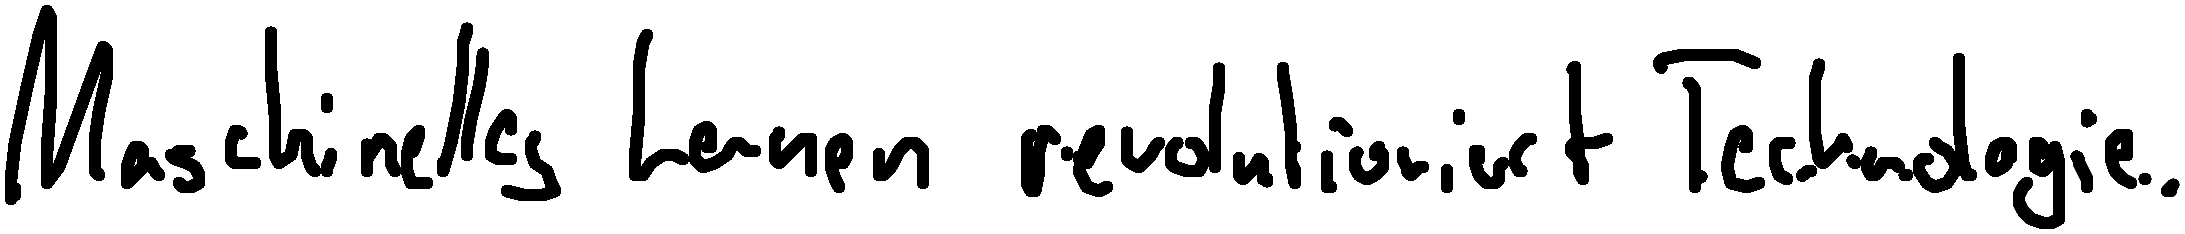
Maschinelles Lernen revolutioniert Technologie.